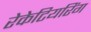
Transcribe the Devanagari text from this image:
रेकेटियरिंग